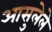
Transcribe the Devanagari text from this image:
आसुलेले